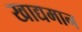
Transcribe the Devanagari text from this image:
खाद्यमान